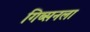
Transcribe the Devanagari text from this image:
गिब्सनला